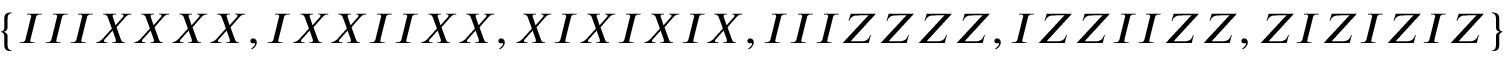
\{ I I I X X X X , I X X I I X X , X I X I X I X , I I I Z Z Z Z , I Z Z I I Z Z , Z I Z I Z I Z \}